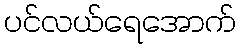
ပင်လယ်ရေအောက်